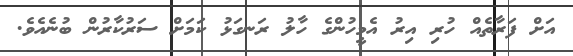
އަށް ފަރާތެއް ހުރި އިރު އެމީހުންގެ ހާލު ރަނގަޅު ކަމަށް ސަރުކާރުން ބުނެއެވެ.